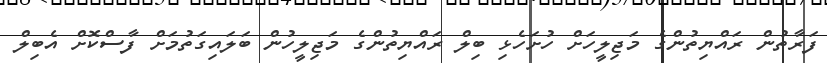
ފަރާތުން ރައްޔިތުންގެ މަޖިލީހަށް ހުށަހެޅި ބިލް ރައްޔިތުންގެ މަޖިލީހުން ބަލައިގަތުމަށް ފާސްކޮށް އެބިލް